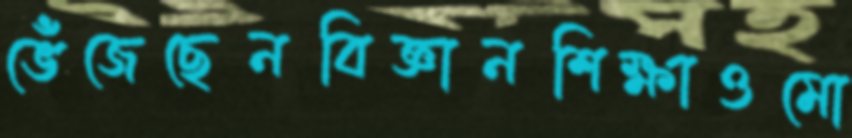
ভেঁজেছেনবিজ্ঞানশিক্ষাওমো